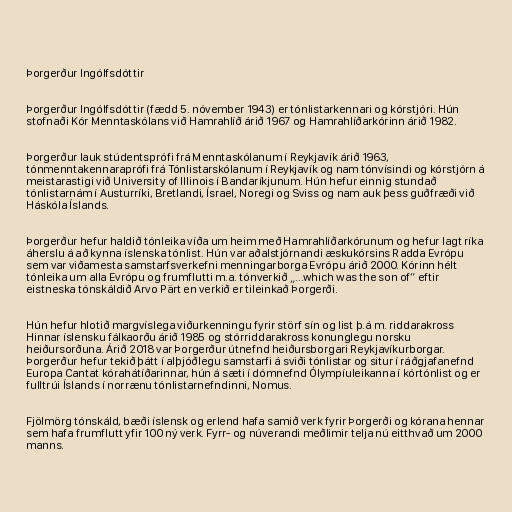
Þorgerður Ingólfsdóttir

Þorgerður Ingólfsdóttir (fædd 5. nóvember 1943) er tónlistarkennari og kórstjóri. Hún
stofnaði Kór Menntaskólans við Hamrahlíð árið 1967 og Hamrahlíðarkórinn árið 1982.

Þorgerður lauk stúdentsprófi frá Menntaskólanum í Reykjavík árið 1963,
tón­mennta­kenn­ara­prófi frá Tón­list­ar­skól­an­um í Reykja­vík og nam tón­vís­indi og kór­stjórn á
meist­ara­stigi við Uni­versity of Ill­in­o­is í Banda­ríkj­un­um. Hún hef­ur einnig stundað
tón­list­ar­nám í Aust­ur­ríki, Bretlandi, Ísra­el, Nor­egi og Sviss og nam auk þess guðfræði við
Há­skóla Íslands.

Þorgerður hefur haldið tónleika víða um heim með Hamrahlíðarkórunum og hefur lagt ríka
áherslu á að kynna íslenska tónlist. Hún var aðalstjórnandi æskukórsins Radda Evrópu
sem var viðamesta samstarfsverkefni menningarborga Evrópu árið 2000. Kórinn hélt
tónleika um alla Evrópu og frumflutti m.a. tónverkið „...which was the son of“ eftir
eistneska tónskáldið Arvo Pärt en verkið er tileinkað Þorgerði.

Hún hefur hlotið margvíslega viðurkenningu fyrir störf sín og list þ.á m. riddarakross
Hinnar íslensku fálkaorðu árið 1985 og stórriddarakross konunglegu norsku
heiðursorðuna. Árið 2018 var Þorgerður útnefnd heiðursborgari Reykjavíkurborgar.
Þorgerður hefur tekið þátt í alþjóðlegu samstarfi á sviði tónlistar og situr í ráðgjafanefnd
Europa Cantat kórahátíðarinnar, hún á sæti í dómnefnd Ólympíuleikanna í kórtónlist og er
fulltrúi Íslands í norrænu tónlistarnefndinni, Nomus.

Fjölmörg tónskáld, bæði íslensk og erlend hafa samið verk fyrir Þorgerði og kórana hennar
sem hafa frumflutt yfir 100 ný verk. Fyrr- og núverandi meðlimir telja nú eitthvað um 2000
manns.